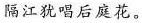
隔江犹唱后庭花。